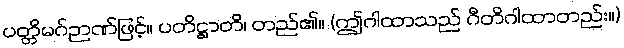
ပတ္တိမဂ်ဉာဏ်ဖြင့်။ ပတိဋ္ဌာတိ၊ တည်၏။ (ဤဂါထာသည် ဂီတိဂါထာတည်း။)